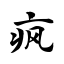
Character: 疯